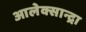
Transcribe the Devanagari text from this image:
आलेक्सान्द्रा